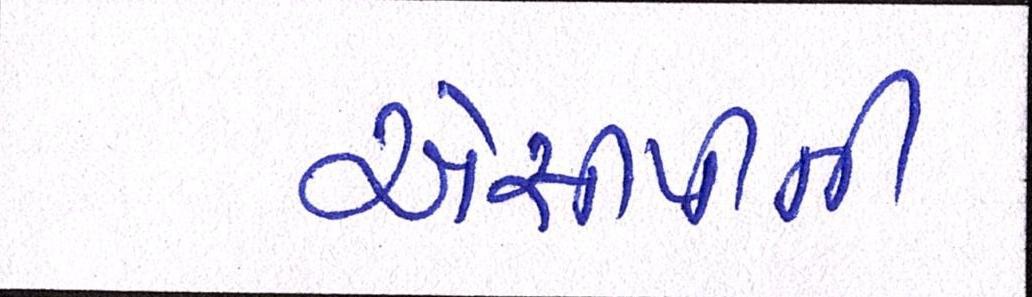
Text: એસીપીની